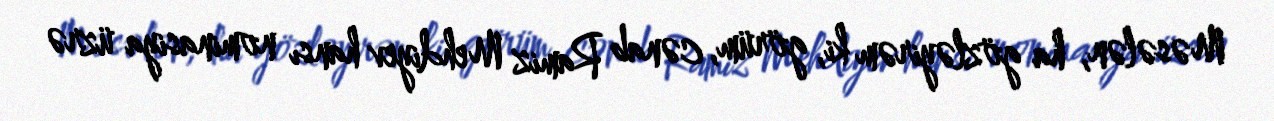
Məsələn, ha gözləyirəm ki, görüm, cənab Ramiz Mehdiyev hansı nominasiya üzrə